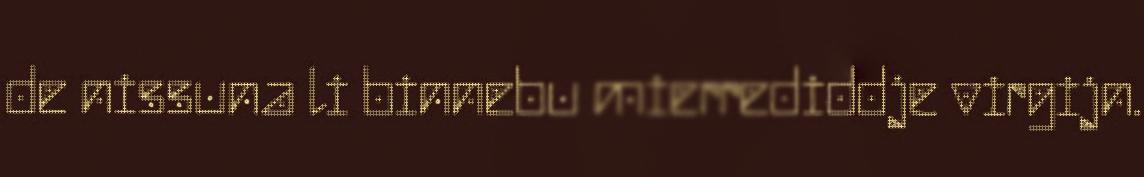
de nissuna li binnebu mierrediddje virgijn.